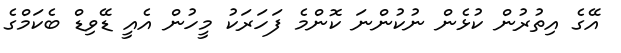
އޭގެ އިތުރުން ކުޅެން ނުކުންނަ ކޮންމެ ފަހަރަކު މީހުން އެއީ ޑޭވިޑް ބެކަމްގެ